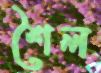
শৈল